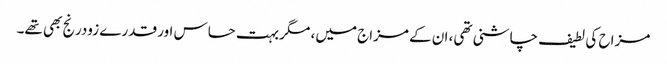
مزاح کی لطیف چاشنی تھی، ان کے مزاج میں، مگر بہت حساس اور قدرے زودرنج بھی تھے۔